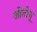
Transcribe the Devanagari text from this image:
ओतोयू